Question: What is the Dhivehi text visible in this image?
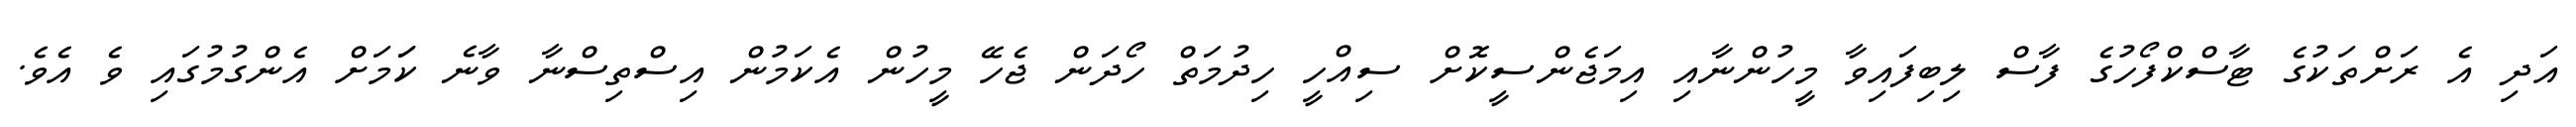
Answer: އަދި އެ ރަށްތަކުގެ ޓާސްކްފޯހުގެ ފާސް ލިބިފައިވާ މީހުންނާއި އިމަޖެންސީކޮށް ސިއްހީ ހިދުމަތް ހޯދަން ޖެހޭ މީހުން އެކަމުން އިސްތިސްނާ ވާނެ ކަަމަށް އެންގުމުގައި ވެ އެވެ.